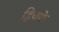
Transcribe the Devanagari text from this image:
हिचके